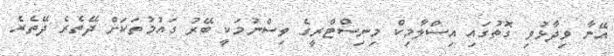
އޭނާ ވިދާޅުވި ގޮތުގައި އިސްލާމިކް މިނިސްޓްރީގެ ވިސްނުމަކީ ބޭރު ގައުމުތަކަށް ދޭތެރެ ދޭތެރެ